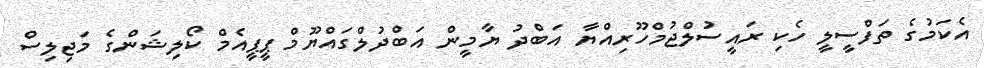
އެކަމުގެ ތަފްސީލީ ހެކި ރައީސުލްޖުމްހޫރިއްޔާ އަބްދު ޔާމީން އަބްދުލްގައްޔޫމް ޕީޕީއެމް ކޯލިޝަންގެ މަޖިލިސް